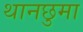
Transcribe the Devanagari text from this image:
थानछुमा